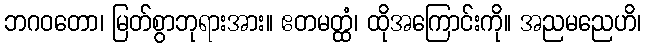
ဘဂဝတော၊ မြတ်စွာဘုရားအား။ ဧတမတ္ထံ၊ ထိုအကြောင်းကို။ အညမညေဟိ၊